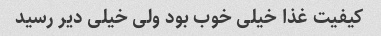
کیفیت غذا خیلی خوب بود ولی خیلی دیر رسید